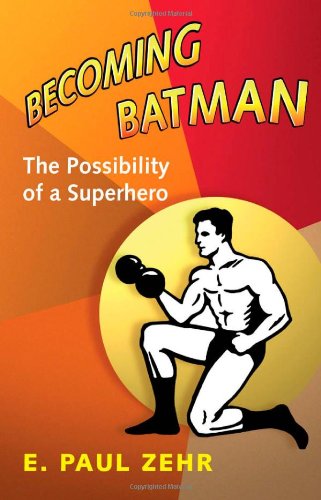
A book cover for Becoming Batman: The Possibility of a Superhero; E. Paul Zehr; Business & Money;